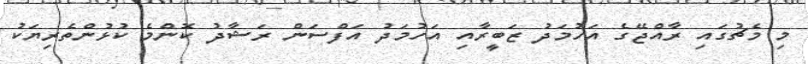
މި މެޗުގައި ރާއްޖޭގެ އަހުމަދު ޒަބީރާއި އަހުމަދު އަފްސަން ރަޝާދު ކޮންމެ ކުޅުންތެރިޔަކު